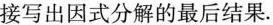
接写出因式分解的最后结果